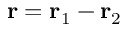
{ \bf r } = { \bf r } _ { 1 } - { \bf r } _ { 2 }